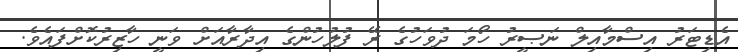
އެޑިޓަރު އިސްމާއިލް ނަޞީރު ހޯމަ ދުވަހުގެ ރޭ ފުލުހުންގެ އިދާރާއަށް ވަނީ ހާޒިރުކޮށްފައެވެ.